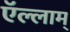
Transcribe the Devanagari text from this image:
ऍल्लाम्‌